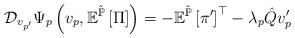
LaTeX: \begin{align*}\mathcal{D}_{v_{p'}}\Psi_{p}\left(v_{p},\mathbb{E}^{\tilde{\mathbb{P}}}\left[\Pi\right]\right)=-\mathbb{E}^{\tilde{\mathbb{P}}}\left[\pi'\right]^{\top}-\lambda_{p}\hat{Q}v_{p}'\end{align*}